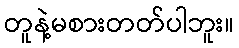
တူနဲ့မစားတတ်ပါဘူး။